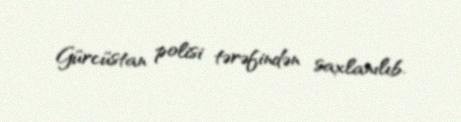
Gürcüstan polisi tərəfindən saxlanılıb.